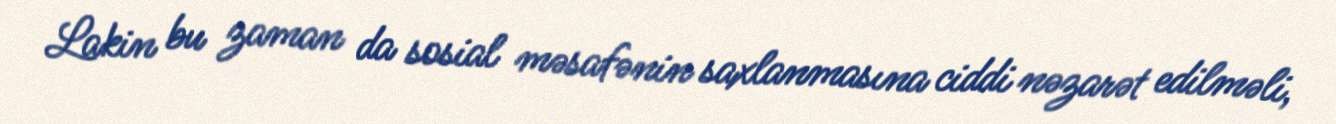
Lakin bu zaman da sosial məsafənin saxlanmasına ciddi nəzarət edilməli,